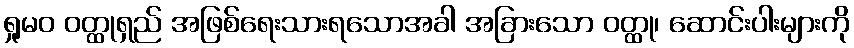
ရှုမဝ ဝတ္ထုရှည် အဖြစ်ရေးသားရသောအခါ အခြားသော ဝတ္ထု၊ ဆောင်းပါးများကို